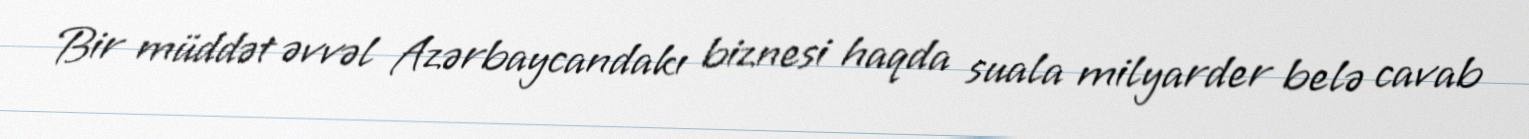
Bir müddət əvvəl Azərbaycandakı biznesi haqda suala milyarder belə cavab